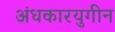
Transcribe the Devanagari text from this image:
अंधकारयुगीन